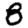
Digit: 8